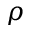
\rho